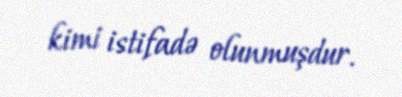
kimi istifadə olunmuşdur.